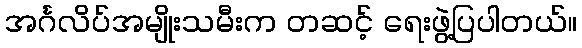
အင်္ဂလိပ်အမျိုးသမီးက တဆင့် ရေးဖွဲ့ပြပါတယ်။